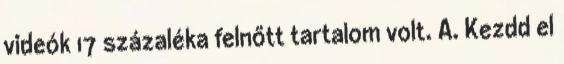
videók 17 százaléka felnőtt tartalom volt. A. Kezdd el